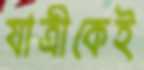
যাত্রীকেই